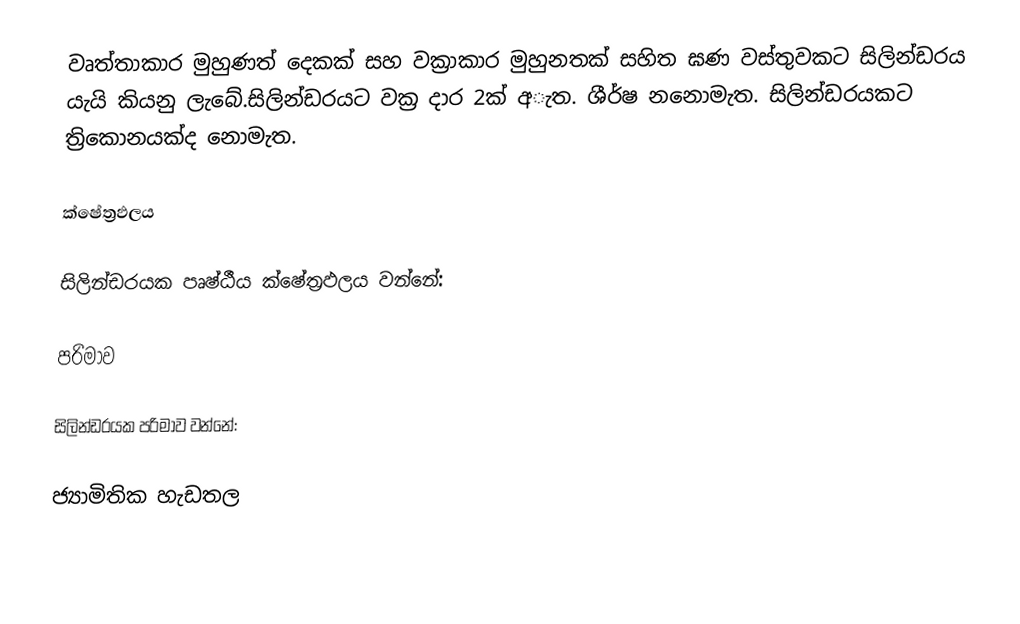
වෘත්තාකාර මුහුණත් දෙකක් සහ වක්‍රාකාර මුහුනතක් සහිත ඝණ වස්තුවකට සිලින්ඩරය යැයි කියනු ලැබේ.සිලින්ඩරයට වක්‍ර දාර 2ක් අැත. ශීර්ෂ නනොමැත. සිලින්ඩරයකට ත්‍රිකොනයක්ද නොමැත.

ක්ෂේත්‍රඵලය

සිලින්ඩරයක පෘෂ්ඨීය ක්ෂේත්‍රඵලය වන්නේ:

පරිමාව

සිලින්ඩරයක පරිමාව වන්නේ:

ජ්‍යාමිතික හැඩතල​